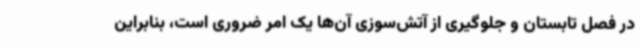
در فصل تابستان و جلوگیری از آتش‌سوزی آن‌ها یک امر ضروری است، بنابراین